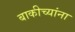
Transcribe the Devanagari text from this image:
बाकीच्यांना